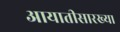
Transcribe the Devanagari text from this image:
आयातीसारख्या